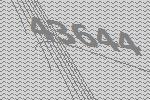
43644